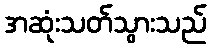
အဆုံးသတ်သွားသည်